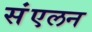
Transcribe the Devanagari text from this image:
संंएलन